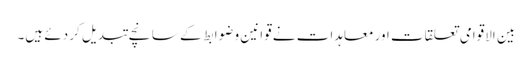
بین الاقوامی تعلقات اور معاہدات نے قوانین و ضوابط کے سانچے تبدیل کر دئے ہیں۔